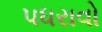
પધરાવો